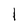
Character: l